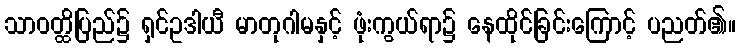
သာဝတ္ထိပြည်၌ ရှင်ဥဒါယီ မာတုဂါမနှင့် ဖုံးကွယ်ရာ၌ နေထိုင်ခြင်းကြောင့် ပညတ်၏။